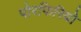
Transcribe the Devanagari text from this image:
पोरफिरियो